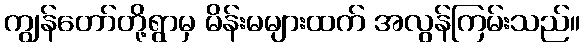
ကျွန်တော်တို့ရွာမှ မိန်းမများထက် အလွန်ကြမ်းသည်။